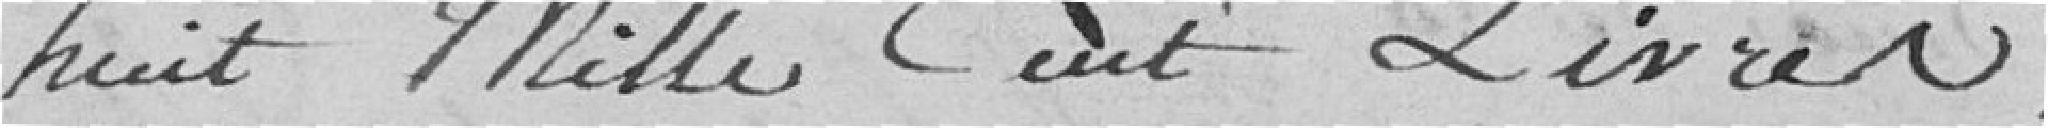
huit mille cent livres